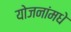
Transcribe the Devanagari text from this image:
योजनांमधे